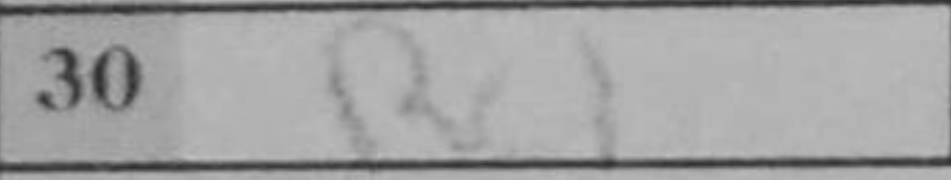
Transcription: Rc1